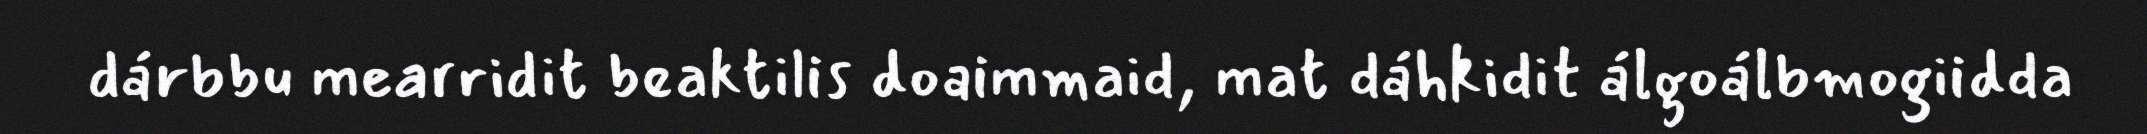
dárbbu mearridit beaktilis doaimmaid, mat dáhkidit álgoálbmogiidda